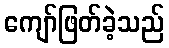
ကျော်ဖြတ်ခဲ့သည်